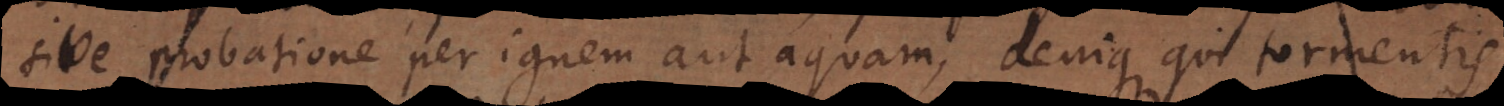
sive probatione per ignem aut aquam, denique qui tormentis